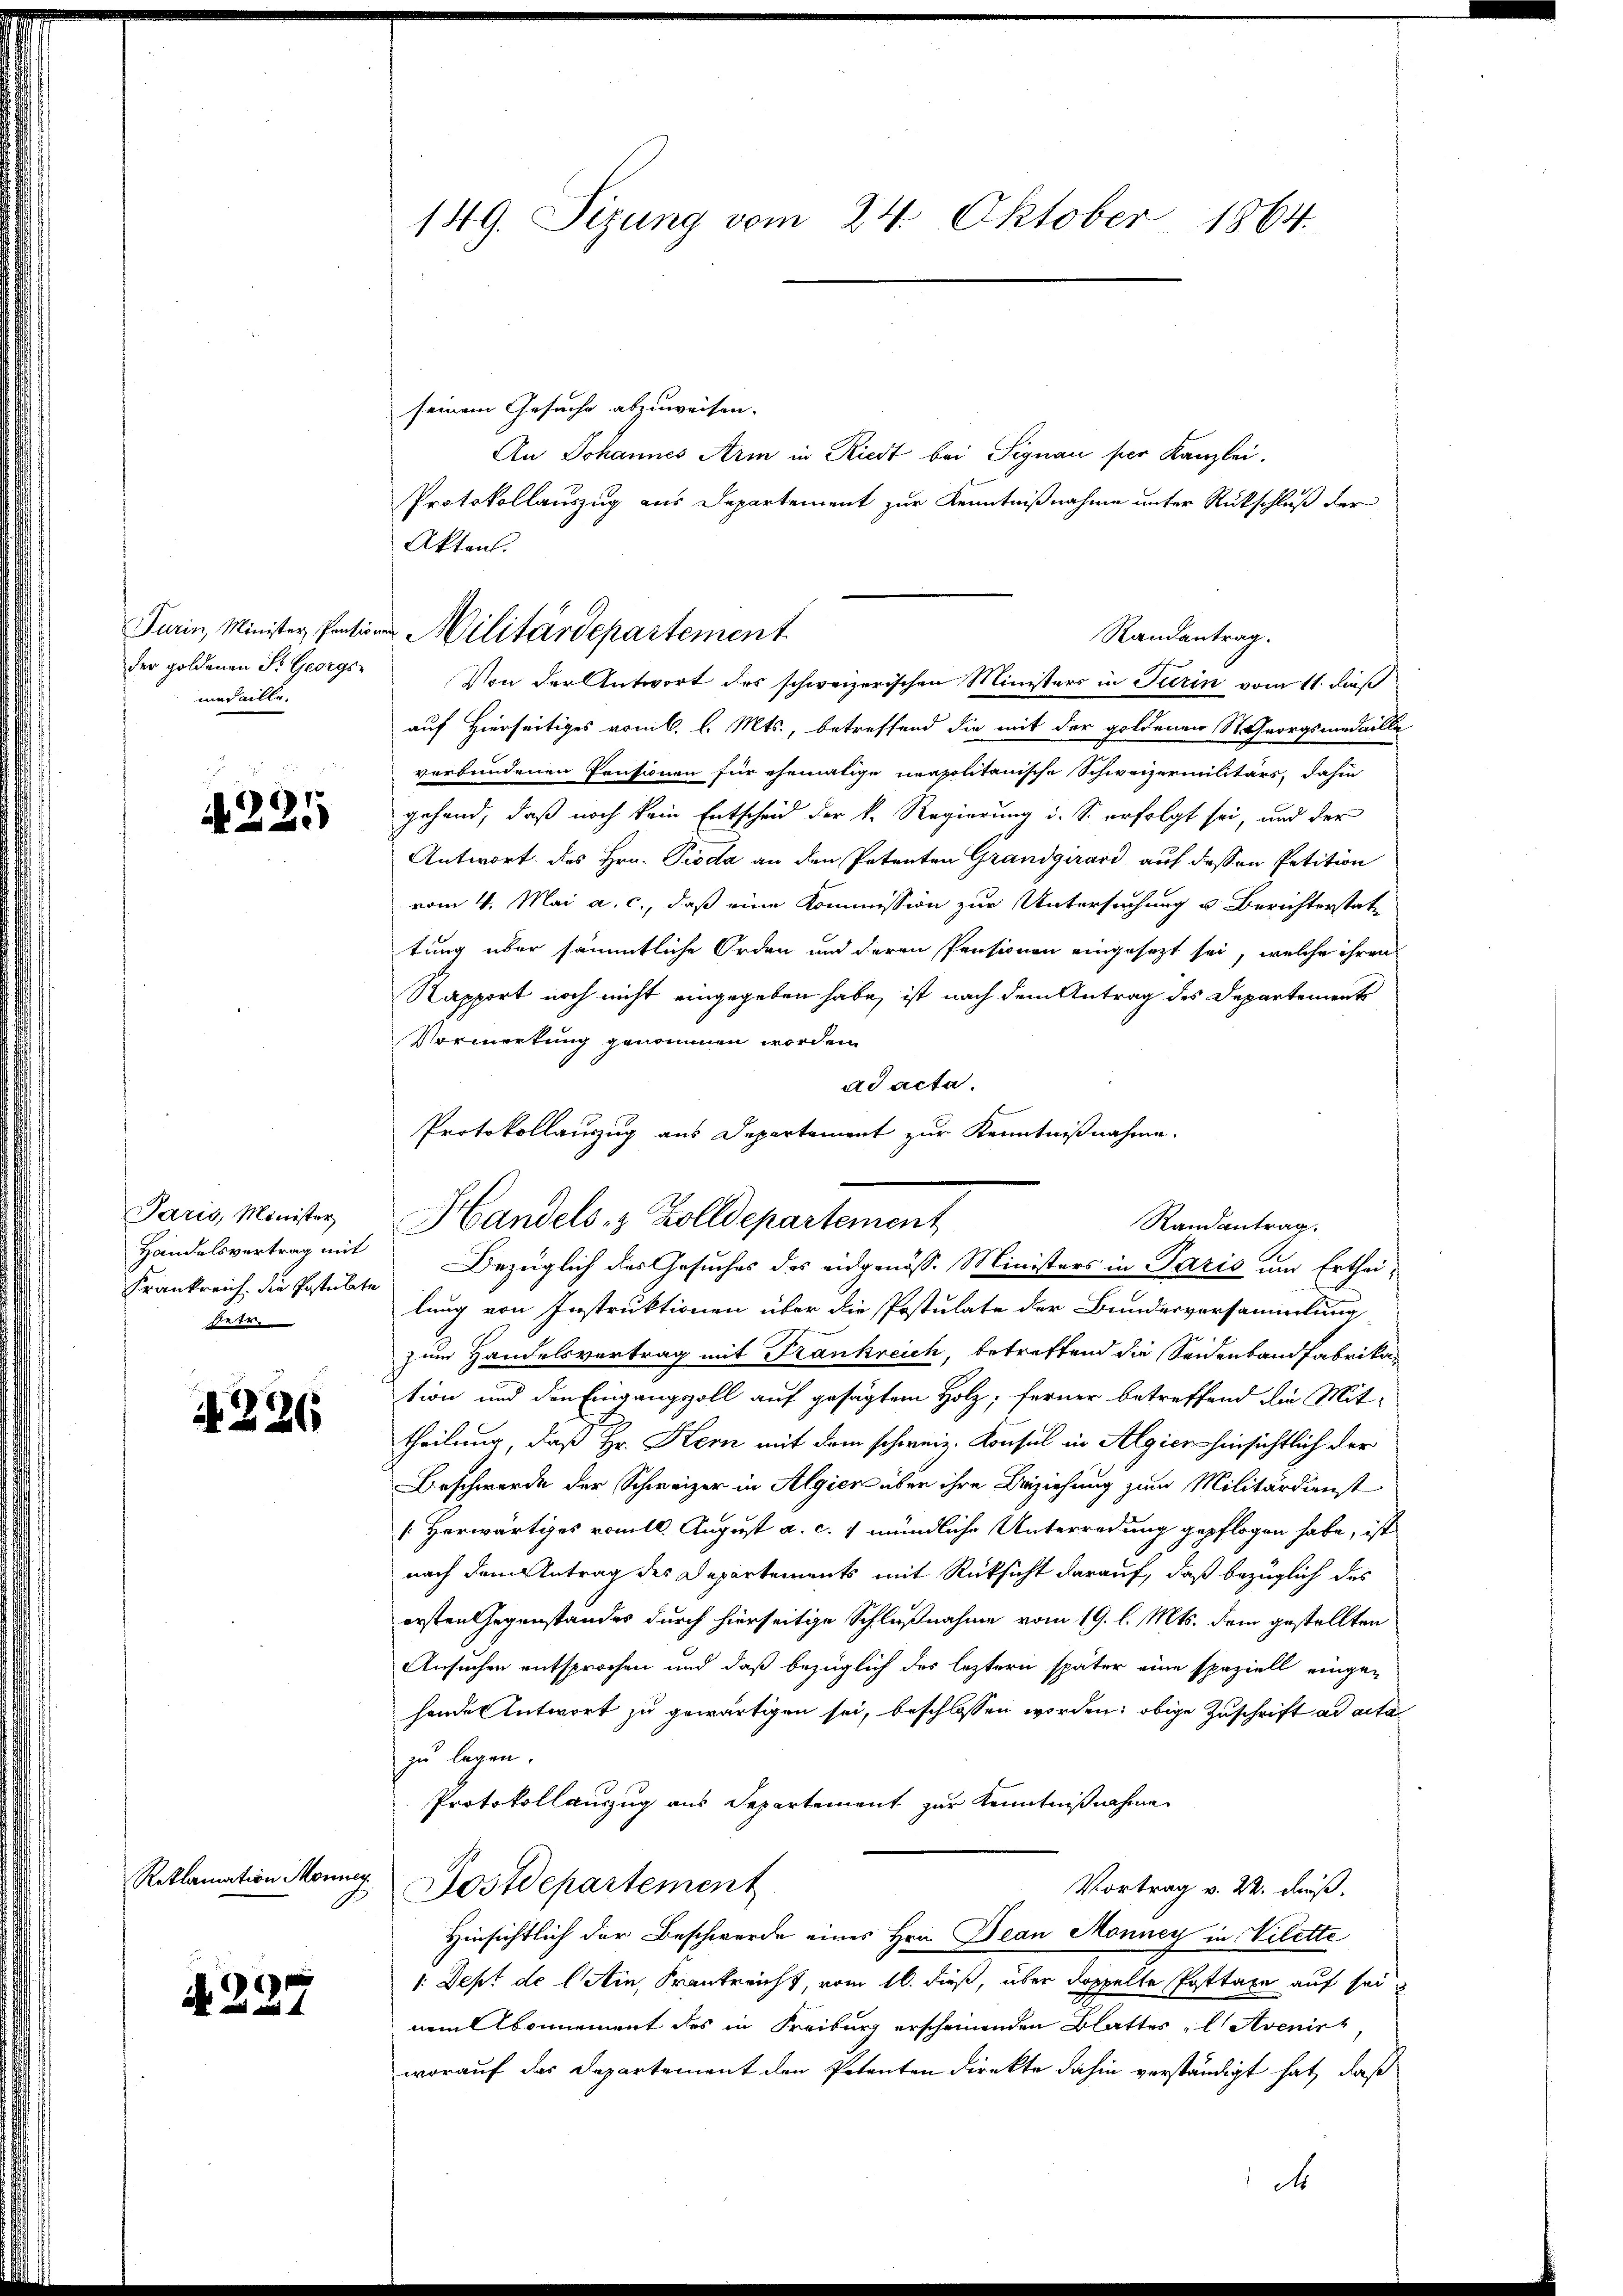
der goldenen Fr. Georgs-
medaille.

42211

Paris, Minister
Handelsvertrag mit
betr.

N 226

Reklamation Monner

A. 237

seinem Gesuche abzuweisen. |
An Johannes Arm in Riedt bei Signau per Kanzlei.
Protokollauszug aus Departement zur Kenntnißnahme unter Rückschluß der
Akten.
Von der Antwort des schweizerischen Ministers in Turin vom 11. dieß
auf Hierseitiges vom 6. l. Mts., betreffend die mit der goldenen St. Georgsmedaille
verbundenen Pensionen für ehemalige neapolitanische Schweizermilitärs, dahin
gehend, daß noch kein Entscheid der k. Regierung i. S. erfolgt sei, und der
Antwort des Hrn. Pioda an den Petenten Grandgirard auf dessen Petition
vom 4. Mai a. c., daß eine Kommission zur Untersuchung u. Berichterstattung über sämmtliche Orden und deren Pensionen eingesezt sei, welche ihren
Rapport noch nicht eingegeben habe, ist nach dem Antrag des Departement
Vormerkung genommen worden.
ad acta.
Protokollanzzug aus Departement zur Kenntnißnahme.
Handels- & Zolldepartement
Frankreich, die Postulate. Bezüglich des Gesuches des eidgenöss. Ministers in Paris um Ertheilung von Instruktionen über die Postulate der Bundesversammlung
zum Handelsvertrag mit Frankreich, betreffend die Seidenband fabrikation und den Eingangsoll auf gesagtem Holz; ferner betreffend die Mit-
theilung, daß Hr. Kern mit dem schweiz. Konsul in Algien hinsichtlich der
Beschwerde der Schweizer in Algien über ihre Beiziehung zum Militärdienst
[Herwärtiges romtl. August a. c. 1 mündliche Unterredung gepflogen habe, ist
nach dem Antrag des Departements mit Rücksicht darauf, daß bezüglich des
ersten Gegenstandes durch hierseitige Schlußnahme vom 19. l. Mts. dem gestellten
Ansuchen entsprochen und daß bezüglich des leztern später eine speziell einge-
hande Antwort zu gewärtigen sei, beschlossen worden; obige Zuschrift ad acta
zu legen.
Protokollauszug aus Departement zur Kenntnißnahme
Dostdepartement
Vortrag v. 22. dieß,
Hinsichtlich der Beschwerde eines Hrn. Dean Monney in Vilette
1. Sept de l’Ain, Frankreicht, vom 16. dieß, über doppelte Posttaxe auf sei
nemlsonnement des in Freiburg erscheinenden Blattes l. Avenirt,
worauf das Departement den Petenten direkte dahin verständigt hat, daß

149. Sizung vom 24. Oktober 1864.

Turin, Minister Pension Militärdepartement

Randantrag.

Randantrag.

d